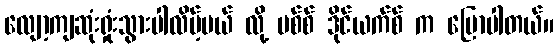
လျော့ကျဆုံးရှုံးသွားပါလိမ့်မယ် လို့ မစ်စ် ဒိုင်ယက်စ် က ပြောပါတယ်။